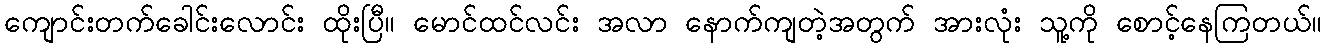
ကျောင်းတက်ခေါင်းလောင်း ထိုးပြီ။ မောင်ထင်လင်း အလာ နောက်ကျတဲ့အတွက် အားလုံး သူ့ကို စောင့်နေကြတယ်။